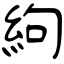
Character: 絇